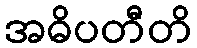
အဓိပတီတိ